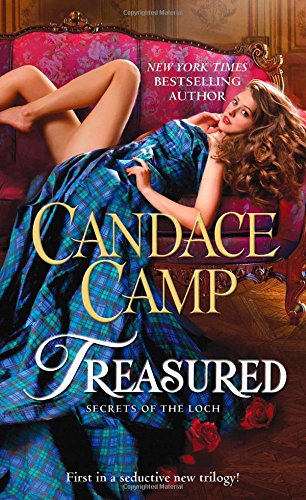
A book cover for Treasured (Secrets of the Loch); Candace Camp; Romance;